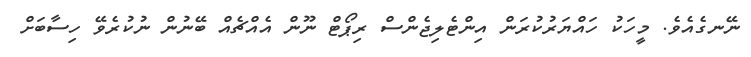
ނޭނގެއެވެ. މީހަކު ހައްޔަރުކުރަން އިންޓެލިޖެންސް ރިޕޯޓް ނޫން އެއްޗެއް ބޭނުން ނުކުރެވޭ ހިސާބަށް